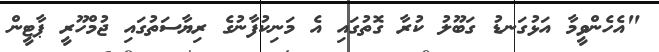
"އެހެންވީމާ އަޅުގަނޑު ގަބޫލު ކުރާ ގޮތުގައި އެ މަނިކުފާނުގެ ރިޔާސަތުގައި ޖުމްހޫރީ ޕާޓީން